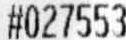
#027553